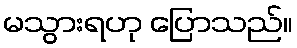
မသွားရဟု ပြောသည်။